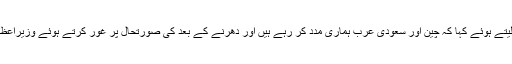
وزیراعظم نے کابینہ کو دورہ چین اور اقتصادی صورتحال پر اعتماد میں لیتے ہوئے کہا کہ چین اور سعودی عرب ہماری مدد کر رہے ہیں اور دھرنے کے بعد کی صورتحال پر غور کرتے ہوئے وزیراعظم نے کہا کہ جس طرح دھرنے سے نمٹے کوئی سوچ بھی نہیں سکتا تھا ۔